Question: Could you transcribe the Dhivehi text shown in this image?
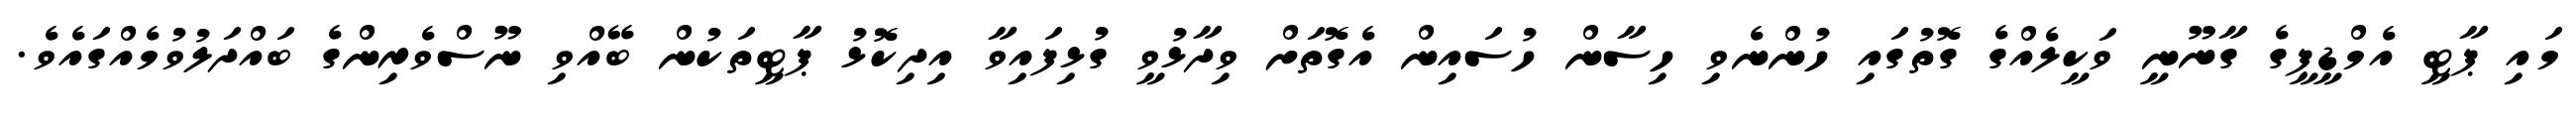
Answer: މައި ޕާޓީ އެމްޑީޕީގެ ގާނޫނީ ވަކީލެއްގެ ގޮތުގައި ހުންނެވި ހިސާން ހުސައިން އެގޮތަށް ވިދާޅުވީ ގުޅިފައިވާ އިދިކޮޅު ޕާޓީތަކުން ބޭއްވި ނޫސްވެރިންގެ ބައްދަލުވުމެއްގައެވެ.